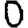
Digit: 0